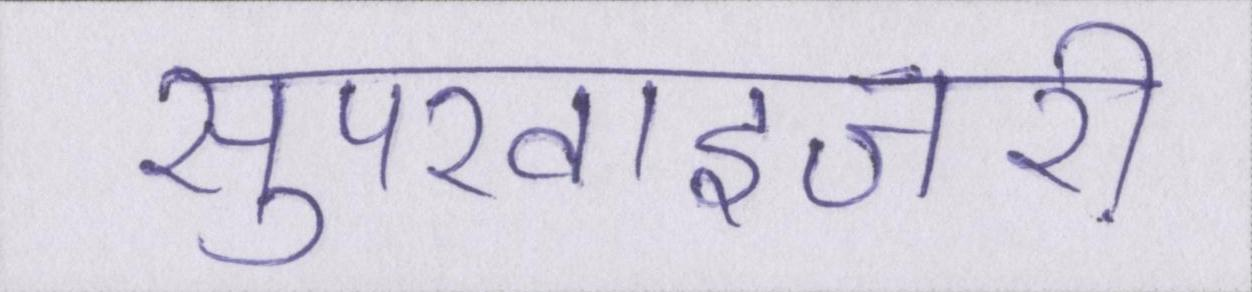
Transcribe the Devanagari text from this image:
सुपरवाइजरी